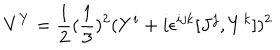
V ^ { Y } = { \frac { 1 } { 2 } } ( { \frac { 1 } { 3 } } ) ^ { 2 } ( Y ^ { i } + i \epsilon ^ { i j k } [ J ^ { j } , Y ^ { k } ] ) ^ { 2 }